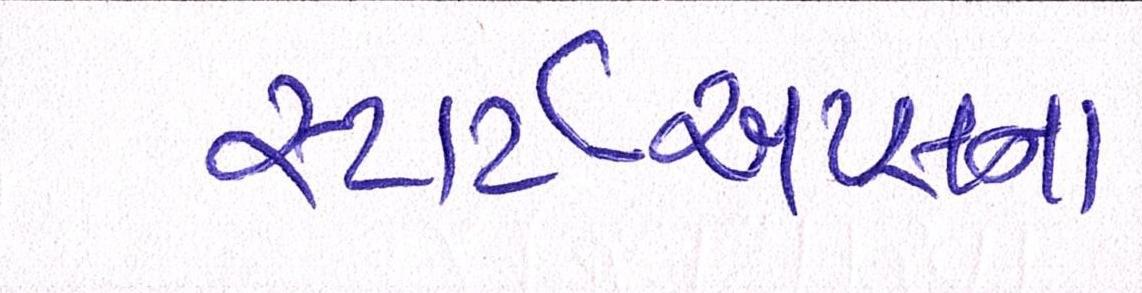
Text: સ્ટાર્ટ-અપ્સના